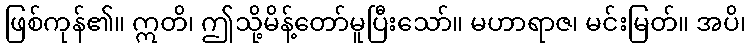
ဖြစ်ကုန်၏။ ဣတိ၊ ဤသို့မိန့်တော်မူပြီးသော်။ မဟာရာဇ၊ မင်းမြတ်။ အပိ၊